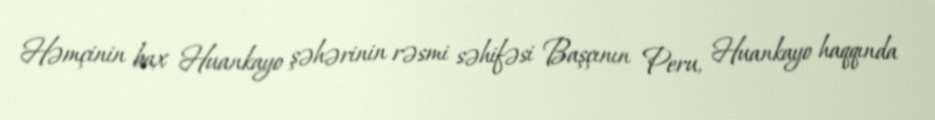
Həmçinin bax Huankayo şəhərinin rəsmi səhifəsi Başçının Peru, Huankayo haqqında